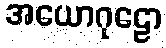
အယောဂုဠော